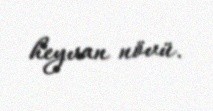
heyvan növü.